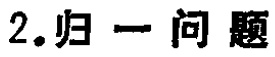
2. 归一问题